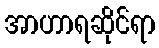
အာဟာရဆိုင်ရာ